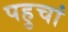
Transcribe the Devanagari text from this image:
पहुचां